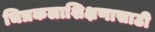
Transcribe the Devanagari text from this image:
चित्रकलाशिक्षणासाठी